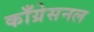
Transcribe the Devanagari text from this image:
काँग्रेसनल